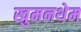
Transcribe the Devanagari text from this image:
खुमनथेम